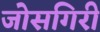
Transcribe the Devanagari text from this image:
जोसगिरी